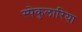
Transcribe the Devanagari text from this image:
स्पेकुलारिया